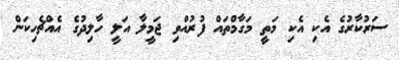
ސަރުކާރުގެ އެކި އެކި މަތީ މަގާމްތައް ފުރުއްވި ޖަމީލާ އަލީ ހާލިދުގެ އެއްޗެހިކަން